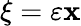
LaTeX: \xi=\varepsilon\mathbf{x}